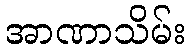
အာဏာသိမ်း